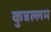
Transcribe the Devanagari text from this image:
कुत्रल्लम